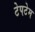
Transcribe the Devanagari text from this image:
टेपटेम